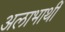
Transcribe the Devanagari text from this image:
अलाभार्थी